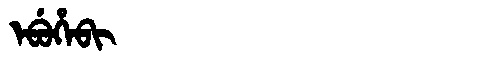
Manchu: ᡝᠪᡠᡥᡝᠪᡳ
Romanization: EBUHEBI